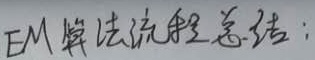
EM算法流程总结：